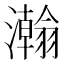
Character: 𬉥